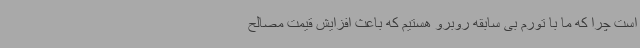
است چرا که ما با تورم بی سابقه روبرو هستیم که باعث افزایش قیمت مصالح